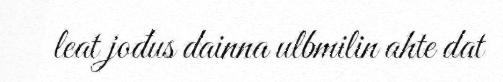
leat jođus dainna ulbmilin ahte dat